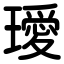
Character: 璦